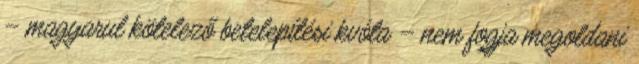
– magyarul kötelező betelepítési kvóta – nem fogja megoldani